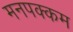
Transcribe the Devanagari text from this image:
मनपक्कम